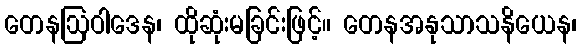
တေနဩဝါဒေန၊ ထိုဆုံးမခြင်းဖြင့်။ တေနအနုသာသနိယေန၊